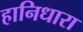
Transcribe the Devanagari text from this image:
हानिधारा